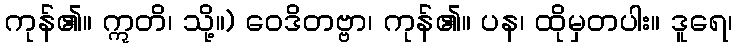
ကုန်၏။ ဣတိ၊ သို့။) ဝေဒိတဗ္ဗာ၊ ကုန်၏။ ပန၊ ထိုမှတပါး။ ဒူရေ၊